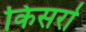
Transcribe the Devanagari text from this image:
किसर्रा